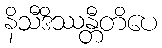
နိသီဒိဿန္တီတိပေ